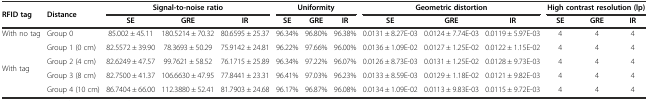
<table><thead><tr><td rowspan="2"><b>RFID tag</b></td><td rowspan="2"><b>Distance</b></td><td colspan="3"><b>Signal-to-noise ratio</b></td><td colspan="3"><b>Uniformity</b></td><td colspan="3"><b>Geometric distortion</b></td><td colspan="3"><b>High contrast resolution (lp)</b></td></tr><tr><td><b>SE</b></td><td><b>GRE</b></td><td><b>IR</b></td><td><b>SE</b></td><td><b>GRE</b></td><td><b>IR</b></td><td><b>SE</b></td><td><b>GRE</b></td><td><b>IR</b></td><td><b>SE</b></td><td><b>GRE</b></td><td><b>IR</b></td></tr></thead><tbody><tr><td>With no tag</td><td>Group 0</td><td>85.002 ± 45.11</td><td>180.5214 ± 70.32</td><td>80.6595 ± 25.37</td><td>96.34%</td><td>96.80%</td><td>96.38%</td><td>0.0131 ± 8.27E-03</td><td>0.0124 ± 7.74E-03</td><td>0.0119 ± 5.97E-03</td><td>4</td><td>4</td><td>4</td></tr><tr><td rowspan="4">With tag</td><td>Group 1 (0 cm)</td><td>82.5572 ± 39.90</td><td>78.3693 ± 50.29</td><td>75.9142 ± 24.81</td><td>96.22%</td><td>97.66%</td><td>96.00%</td><td>0.0136 ± 1.09E-02</td><td>0.0127 ± 1.25E-02</td><td>0.0122 ± 1.15E-02</td><td>4</td><td>4</td><td>4</td></tr><tr><td>Group 2 (4 cm)</td><td>82.6249 ± 47.57</td><td>99.7621 ± 58.52</td><td>76.1715 ± 25.89</td><td>96.34%</td><td>97.22%</td><td>96.07%</td><td>0.0126 ± 8.73E-03</td><td>0.0131 ± 1.25E-02</td><td>0.0128 ± 9.73E-03</td><td>4</td><td>4</td><td>4</td></tr><tr><td>Group 3 (8 cm)</td><td>82.7500 ± 41.37</td><td>106.6630 ± 47.95</td><td>77.8441 ± 23.31</td><td>96.41%</td><td>97.03%</td><td>96.23%</td><td>0.0133 ± 8.59E-03</td><td>0.0129 ± 1.18E-02</td><td>0.0121 ± 9.82E-03</td><td>4</td><td>4</td><td>4</td></tr><tr><td>Group 4 (10 cm)</td><td>86.7404 ± 66.00</td><td>112.3880 ± 52.41</td><td>81.7903 ± 24.68</td><td>96.17%</td><td>96.87%</td><td>96.08%</td><td>0.0134 ± 1.09E-02</td><td>0.0113 ± 9.83E-03</td><td>0.0115 ± 9.72E-03</td><td>4</td><td>4</td><td>4</td></tr></tbody></table>